Annual report of the Punjab Veterinary College and of the Civil Veterinary Department, Punjab - 1926-1932
Year: 1926
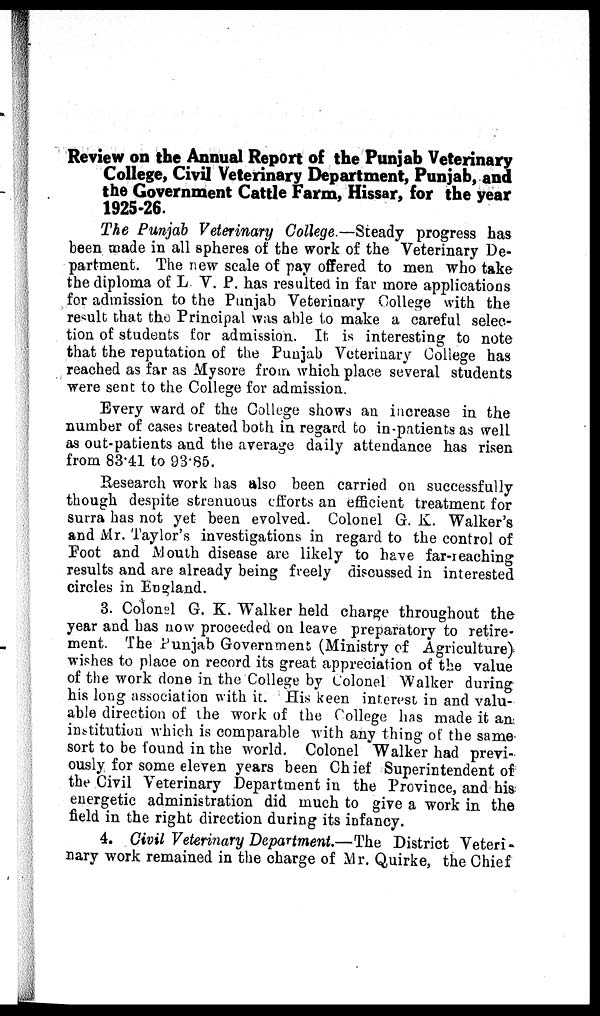
Review on the Annual Report of the Punjab Veterinary
College, Civil Veterinary Department, Punjab, and
the Government Cattle Farm, Hissar, for the year
1925-26.
The Punjab Veterinary College.—Steady progress has
been made in all spheres of the work of the Veterinary De-
partment. The new scale of pay offered to men who take
the diploma of L V. P. has resulted in far more applications
for admission to the Punjab Veterinary College with the
result that the Principal was able to make a careful selec-
tion of students for admission. It is interesting to note
that the reputation of the Punjab Veterinary College has
reached as far as Mysore from which place several students
were sent to the College for admission.
Every ward of the College shows an increase in the
number of cases treated both in regard to in-patients as well
as out-patients and the average daily attendance has risen
from 83.41 to 93.85.
Research work has also been carried on successfully
though despite strenuous efforts an efficient treatment for
surra has not yet been evolved. Colonel G. K. Walker's
and Mr. Taylor's investigations in regard to the control of
Foot and Mouth disease are likely to have far-reaching
results and are already being freely discussed in interested
circles in England.
3. Colonel G. K. Walker held charge throughout the
year and has now proceeded on leave preparatory to retire-
ment. The Punjab Government (Ministry of Agriculture)
wishes to place on record its great appreciation of the value
of the work done in the College by Colonel Walker during
his long association with it. His keen interest in and valu-
able direction of the work of the College has made it an
institution which is comparable with any thing of the same
sort to be found in the world. Colonel Walker had previ-
ously for some eleven years been Chief Superintendent of
the Civil Veterinary Department in the Province, and his
energetic administration did much to give a work in the
field in the right direction during its infancy.
4. Civil Veterinary Department.—The District Veteri-
nary work remained in the charge of Mr. Quirke, the Chief